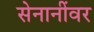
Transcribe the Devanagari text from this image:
सेनानींवर